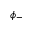
\phi _ { - }